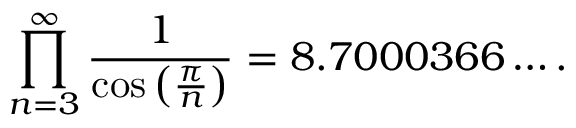
\prod _ { n = 3 } ^ { \infty } { \frac { 1 } { \cos \left( { \frac { \pi } { n } } \right) } } = 8 . 7 0 0 0 3 6 6 \ldots .